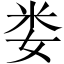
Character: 娄